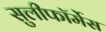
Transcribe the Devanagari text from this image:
सुलीफॉर्मेस